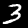
Label: 3